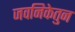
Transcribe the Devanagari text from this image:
जवनिकेतुन